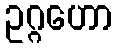
ဥဂ္ဂဟော